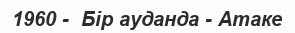
1960 -  Бір ауданда - Атаке